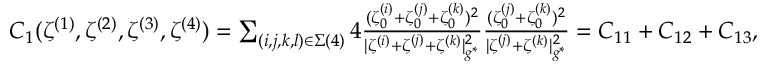
\begin{array} { r l } & { C _ { 1 } ( \zeta ^ { ( 1 ) } , \zeta ^ { ( 2 ) } , \zeta ^ { ( 3 ) } , \zeta ^ { ( 4 ) } ) = \sum _ { ( i , j , k , l ) \in \Sigma ( 4 ) } 4 \frac { ( \zeta _ { 0 } ^ { ( i ) } + \zeta _ { 0 } ^ { ( j ) } + \zeta _ { 0 } ^ { ( k ) } ) ^ { 2 } } { | { \zeta ^ { ( i ) } } + { \zeta ^ { ( j ) } } + { \zeta ^ { ( k ) } } | _ { g ^ { * } } ^ { 2 } } \frac { ( \zeta _ { 0 } ^ { ( j ) } + \zeta _ { 0 } ^ { ( k ) } ) ^ { 2 } } { | \zeta ^ { ( j ) } + \zeta ^ { ( k ) } | _ { g ^ { * } } ^ { 2 } } = C _ { 1 1 } + C _ { 1 2 } + C _ { 1 3 } , } \end{array}